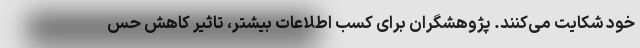
خود شکایت می‌کنند. پژوهشگران برای کسب اطلاعات بیشتر، تاثیر کاهش حس